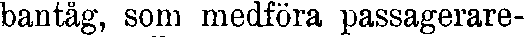
bantåg, som medföra passagerare-